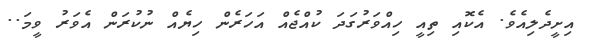
އިށީދެލިއެވެ. އެކޮއި ތިއީ ހިއްވަރުގަދަ ކުއްޖެއް އަހަރެން ހިޔެއް ނުކުރަން އެވަރު ވީމަ..